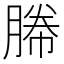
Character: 㬺